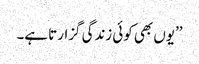
’’یوں بھی کوئی زندگی گزارتا ہے۔